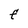
Character: F